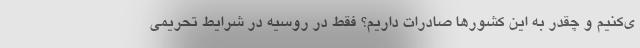
ی‌کنیم و چقدر به این کشورها صادرات داریم؟ فقط در روسیه در شرایط تحریمی